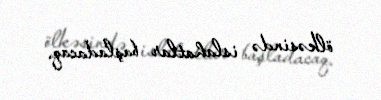
ölkəsində islahatlar başladacaq.